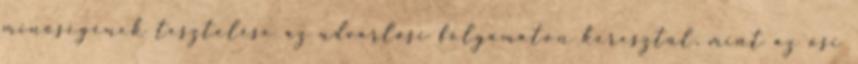
minőségének tesztelése az udvarlási folyamaton keresztül, mint az ősi